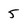
Character: 5